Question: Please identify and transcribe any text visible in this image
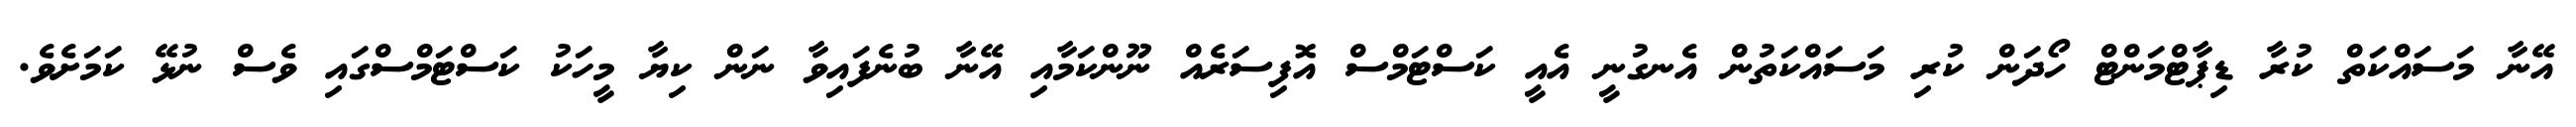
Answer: އޭނާ މަސައްކަތް ކުރާ ޑިޕާޓްމަންޓް ހޯދަން ކުރި މަސައްކަތުން އެނގުނީ އެއީ ކަސްޓަމްސް އޮފިސަރެއް ނޫންކަމާއި އޭނާ ބުނެފައިވާ ނަން ކިޔާ މީހަކު ކަސްޓަމްސްގައި ވެސް ނުޅޭ ކަމަށެވެ.